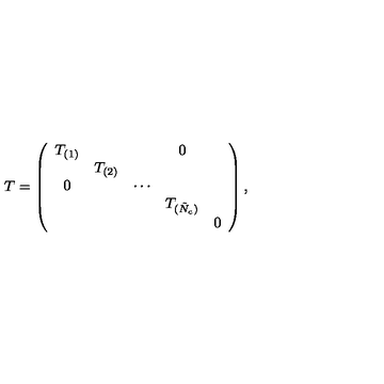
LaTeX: T = \left( \begin{array} { c c c c c } { T _ { ( 1 ) } } & { } & { } & { 0 } & { } \\ { } & { T _ { ( 2 ) } } & { } & { } & { } \\ { 0 } & { } & { \cdots } & { } & { } \\ { } & { } & { } & { T _ { ( \tilde { N } _ { c } ) } } & { } \\ { } & { } & { } & { } & { 0 } \\ \end{array} \right) ,